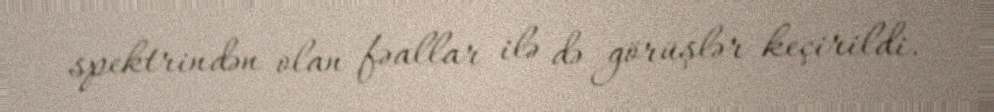
spektrindən olan fəallar ilə də görüşlər keçirildi.